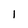
Character: 1